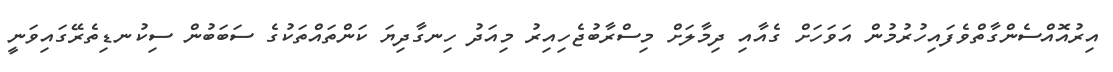
އިރުއޮއްސެންގާތްވެފައިހުރުމުން އަވަހަށް ގެއާއި ދިމާލަށް މިސްރާބުޖެހިއިރު މިއަދު ހިނގާދިޔަ ކަންތައްތަކުގެ ސަބަބުން ސިކުނޑިތެރޭގައިވަނީ